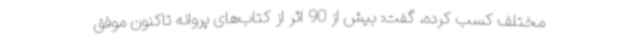
مختلف کسب کرده، گفت: بیش از 90 اثر از کتاب‌های پروانه تاکنون موفق